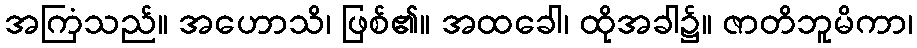
အကြံသည်။ အဟောသိ၊ ဖြစ်၏။ အထခေါ၊ ထိုအခါ၌။ ဇာတိဘူမိကာ၊